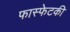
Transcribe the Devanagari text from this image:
फास्फेटकी